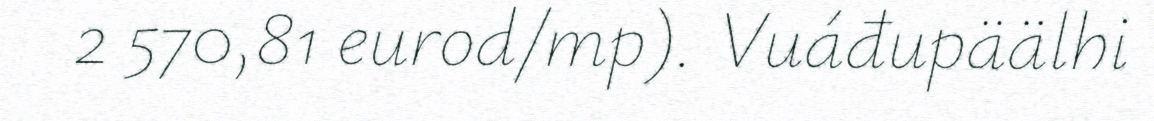
2 570,81 eurod/mp). Vuáđupäälhi